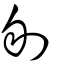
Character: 刎